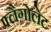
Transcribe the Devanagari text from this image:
फ्लैगोलेट